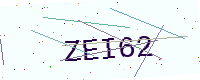
Text: ZEI62